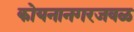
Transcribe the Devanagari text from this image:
कोयनानगरजवळ